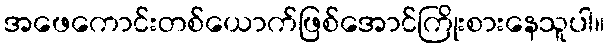
အဖေကောင်းတစ်ယောက်ဖြစ်အောင်ကြိုးစားနေသူပါ။